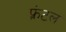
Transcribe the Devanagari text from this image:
फ़्रंटल